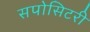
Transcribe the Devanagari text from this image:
सपोसिटरी